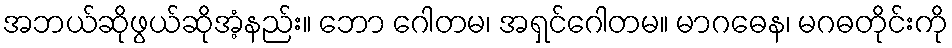
အဘယ်ဆိုဖွယ်ဆိုအံ့နည်း။ ဘော ဂေါတမ၊ အရှင်ဂေါတမ။ မာဂဓေန၊ မဂဓတိုင်းကို